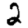
Digit: 2